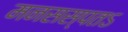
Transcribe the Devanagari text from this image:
मनसस्पतऽ